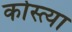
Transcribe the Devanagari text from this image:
कोस्त्या